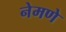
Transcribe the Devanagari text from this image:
नेमणे